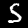
Label: 5